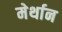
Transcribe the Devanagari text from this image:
मेर्थान